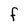
Character: f